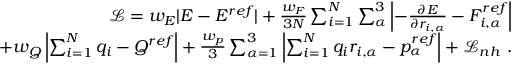
\begin{array} { r } { \mathcal { L } = w _ { E } | E - E ^ { r e f } | + \frac { w _ { F } } { 3 N } \sum _ { i = 1 } ^ { N } \sum _ { \alpha } ^ { 3 } \left| - \frac { \partial E } { \partial r _ { i , \alpha } } - F _ { i , \alpha } ^ { r e f } \right| } \\ { + w _ { Q } \left| \sum _ { i = 1 } ^ { N } q _ { i } - Q ^ { r e f } \right| + \frac { w _ { p } } { 3 } \sum _ { \alpha = 1 } ^ { 3 } \left| \sum _ { i = 1 } ^ { N } q _ { i } r _ { i , \alpha } - p _ { \alpha } ^ { r e f } \right| + \mathcal { L } _ { n h } ~ . } \end{array}